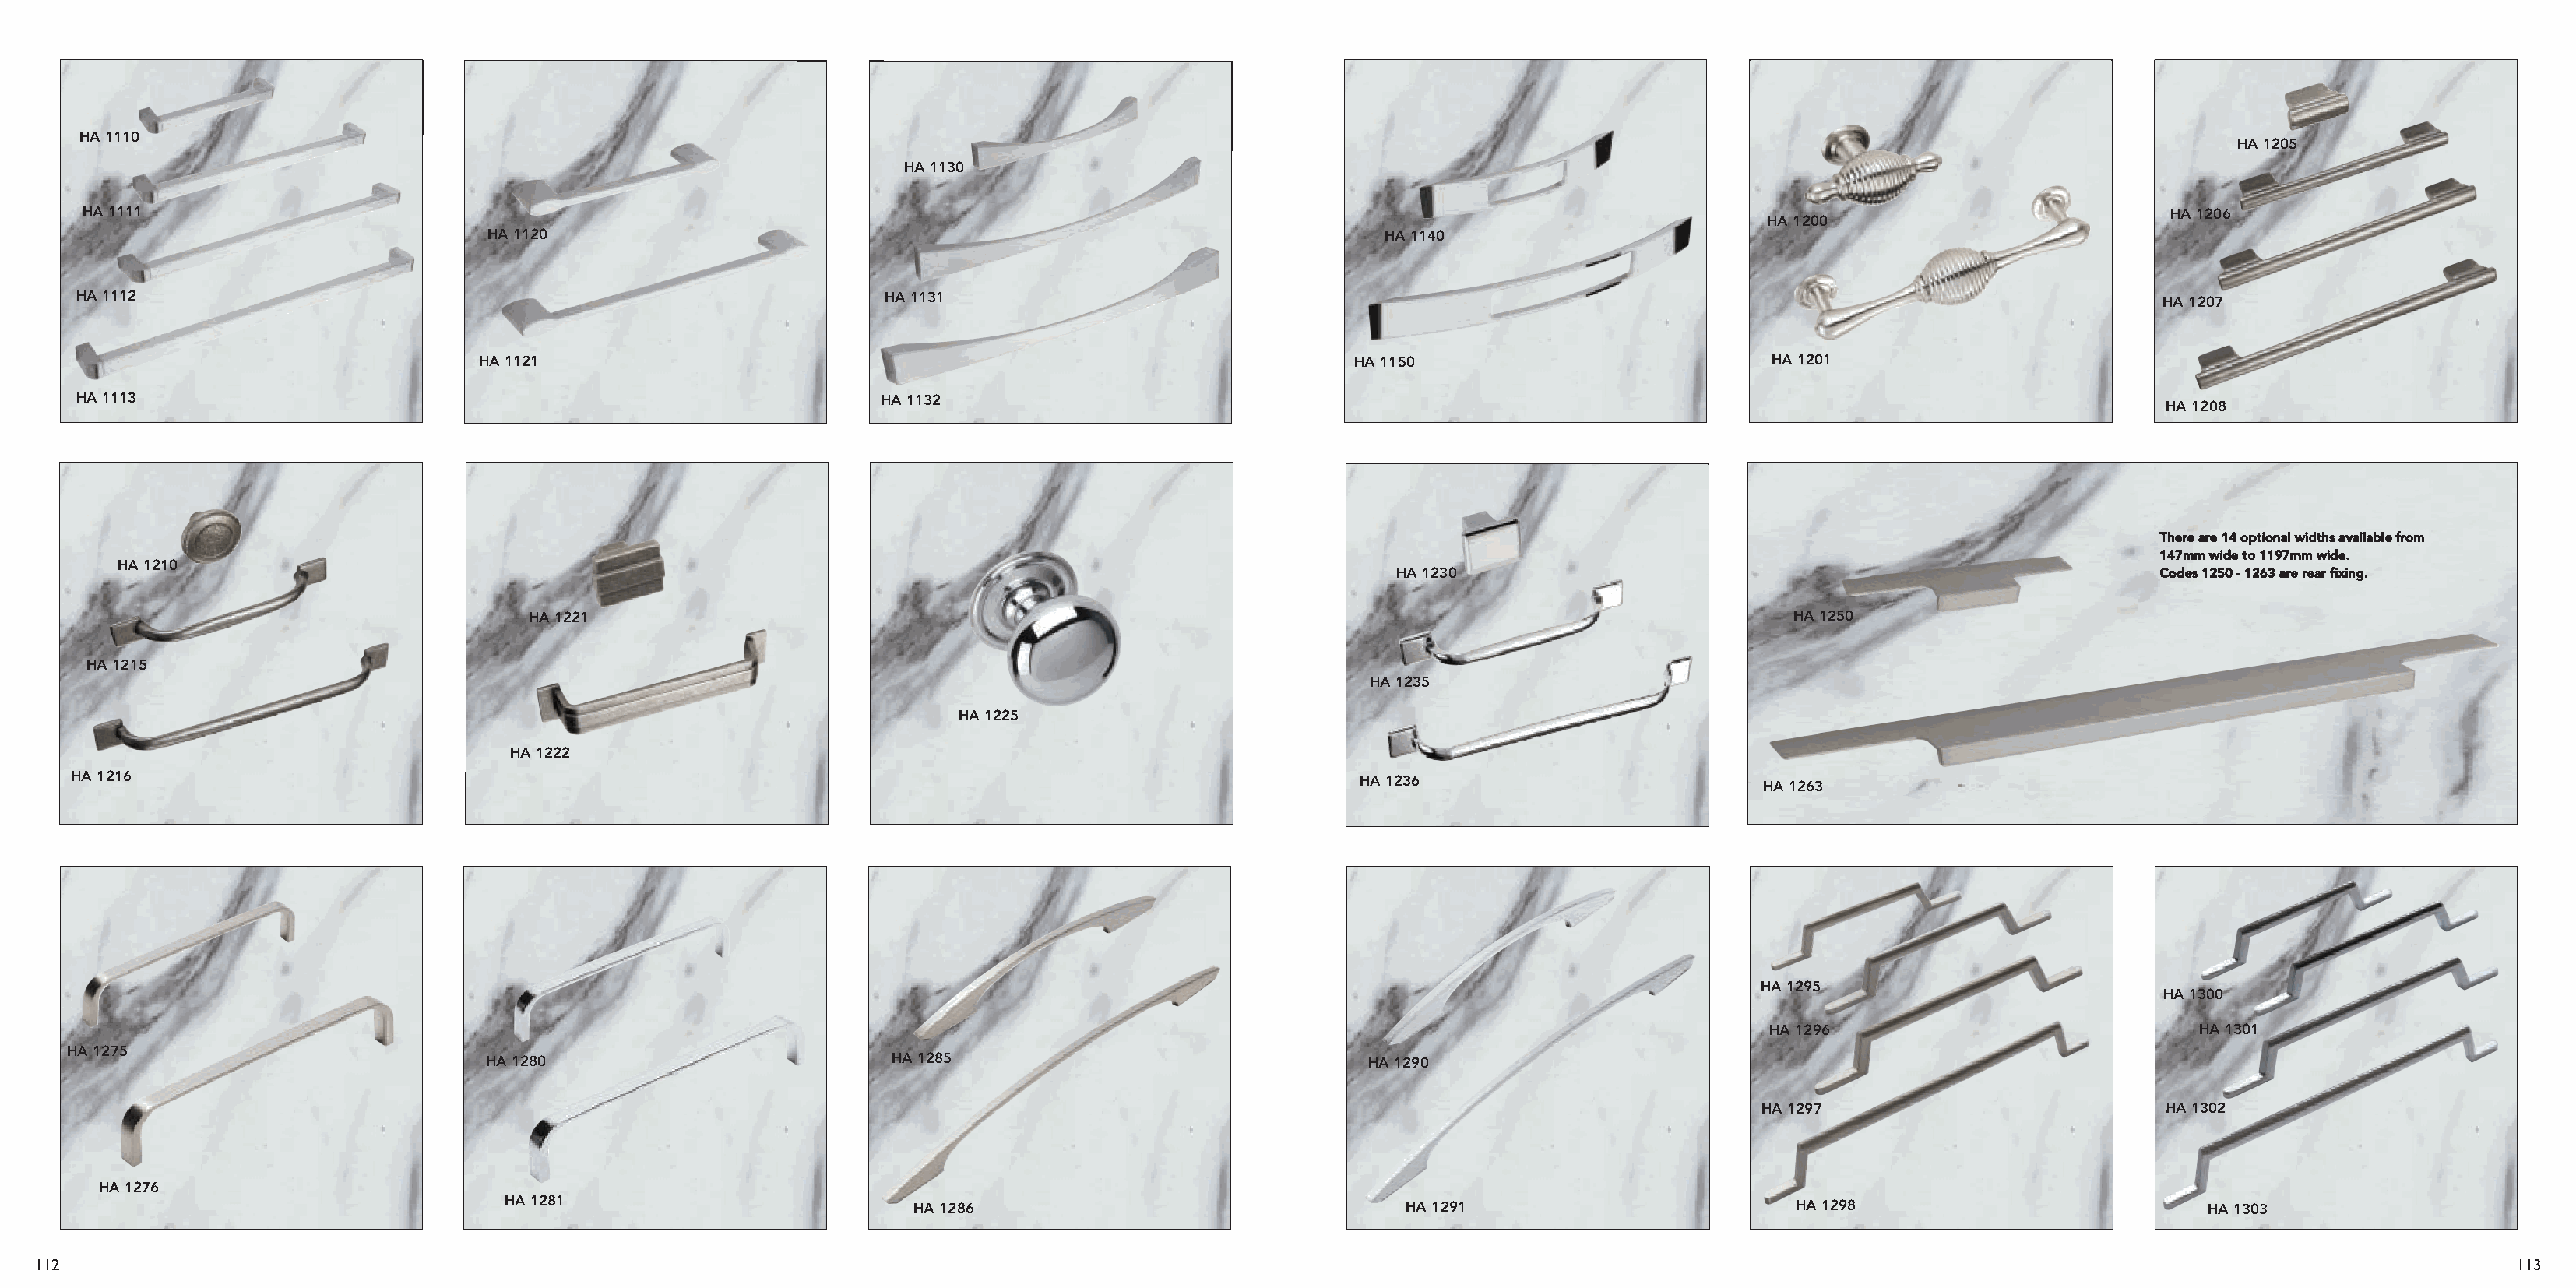
HA 1110
 HA 1205
 HA 1130
 HA 1111                                                                                                                                                                          HA 1206
 HA 1200
 HA 1120                                                                      HA 1140
 HA 1112                                                              HA 1131                                                                                                      HA 1207
 HA 1121                                                                   HA 1150                             HA 1201
 HA 1113                                                              HA 1132
 HA 1208
 There are 14 optional widths available from
 147mm wide to 1197mm wide.
 HA 1210
 HA 1230                                                          Codes 1250 - 1263 are rear fixing.
 HA 1221                                                                                                    HA 1250
 HA 1215
 HA 1235
 HA 1225
 HA 1222
 HA 1216                                                                                                       HA 1236
 HA 1263
 HA 1295
 HA 1300
 HA 1296                              HA 1301
 HA 1275
 HA 1280                            HA 1285                                 HA 1290
 HA 1297                           HA 1302
 HA 1276
 HA 1281                            HA 1286                                   HA 1291                          HA 1298                            HA 1303
 112                                                                                                                                                                                                                113